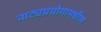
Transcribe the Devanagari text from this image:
नाट्यप्रयोगामधील